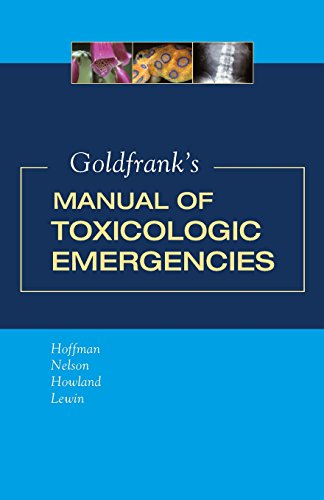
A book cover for Goldfrank's Manual of Toxicologic Emergencies (Toxicologic Emergencies (Goldfrank's)); Robert S. Hoffman; Medical Books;